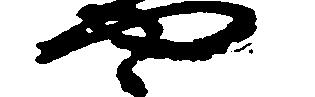
や